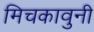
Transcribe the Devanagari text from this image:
मिचकावुनी